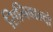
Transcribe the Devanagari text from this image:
सिनिबाल्दो